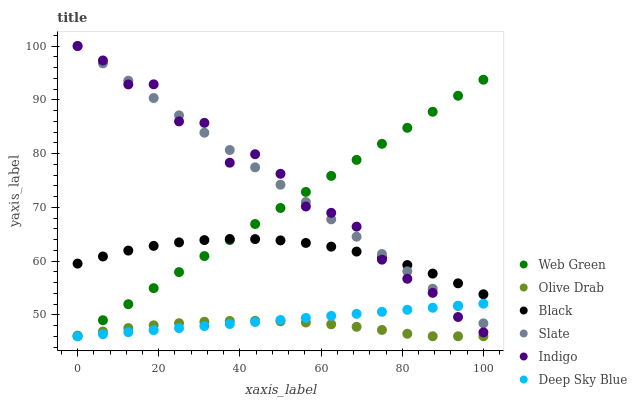
| xaxis_label | Web Green | Olive Drab | Black | Slate | Indigo | Deep Sky Blue |
 | --- | --- | --- | --- | --- | --- | --- |
 | 0 | 46 | 46.1 | 59.5 | 100 | 100 | 46 |
 | 6.25 | 49 | 46.9 | 60.8 | 96.8 | 97.3 | 46.4 |
 | 12.5 | 52 | 47.5 | 61.9 | 93.5 | 92.9 | 46.8 |
 | 18.8 | 54.9 | 48 | 62.8 | 90.3 | 92.9 | 47.1 |
 | 25 | 57.9 | 48.4 | 63.5 | 87.1 | 86 | 47.5 |
 | 31.2 | 60.9 | 48.7 | 63.9 | 83.9 | 85.7 | 47.9 |
 | 37.5 | 63.9 | 48.8 | 64.1 | 80.6 | 78.3 | 48.3 |
 | 43.8 | 66.9 | 48.9 | 64.1 | 77.4 | 79.9 | 48.7 |
 | 50 | 69.9 | 48.8 | 63.8 | 74.2 | 76.2 | 49 |
 | 56.2 | 72.8 | 48.6 | 63.4 | 71 | 70.1 | 49.4 |
 | 62.5 | 75.8 | 48.2 | 62.7 | 67.7 | 69 | 49.8 |
 | 68.8 | 78.8 | 47.8 | 61.8 | 64.5 | 66.4 | 50.2 |
 | 75 | 81.8 | 47.2 | 60.6 | 61.3 | 60.2 | 50.5 |
 | 81.2 | 84.8 | 46.5 | 59.2 | 58.1 | 56.7 | 50.9 |
 | 87.5 | 87.8 | 46 | 57.7 | 54.8 | 54.1 | 51.3 |
 | 93.8 | 90.7 | 46 | 55.8 | 51.6 | 49.6 | 51.7 |
 | 100 | 93.7 | 46 | 53.8 | 48.4 | 46.7 | 52.1 |